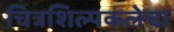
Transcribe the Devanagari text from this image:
चित्रशिल्पकलेचा